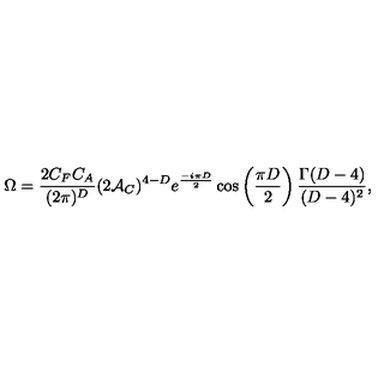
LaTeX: \Omega = { \frac { 2 C _ { F } C _ { A } } { ( 2 \pi ) ^ { D } } } ( 2 { \cal A } _ { C } ) ^ { 4 - D } e ^ { \frac { - i \pi D } { 2 } } \cos \left( { \frac { \pi D } { 2 } } \right) { \frac { \Gamma ( D - 4 ) } { ( D - 4 ) ^ { 2 } } } ,